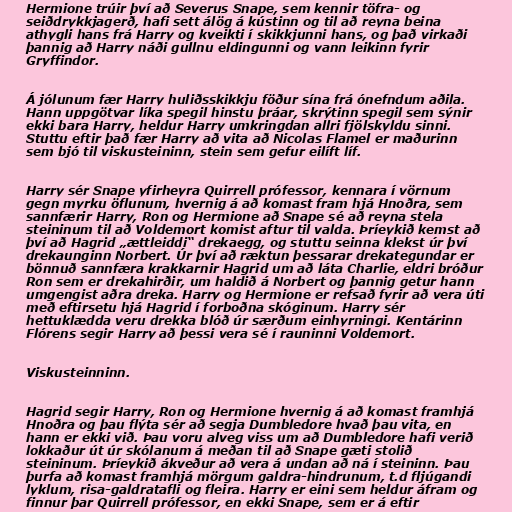
Hermione trúir því að Severus Snape, sem kennir töfra- og
seiðdrykkjagerð, hafi sett álög á kústinn og til að reyna beina
athygli hans frá Harry og kveikti í skikkjunni hans, og það virkaði
þannig að Harry náði gullnu eldingunni og vann leikinn fyrir
Gryffindor.

Á jólunum fær Harry huliðsskikkju föður sína frá ónefndum aðila.
Hann uppgötvar líka spegil hinstu þráar, skrýtinn spegil sem sýnir
ekki bara Harry, heldur Harry umkringdan allri fjölskyldu sinni.
Stuttu eftir það fær Harry að vita að Nicolas Flamel er maðurinn
sem bjó til viskusteininn, stein sem gefur eilíft líf.

Harry sér Snape yfirheyra Quirrell prófessor, kennara í vörnum
gegn myrku öflunum, hvernig á að komast fram hjá Hnoðra, sem
sannfærir Harry, Ron og Hermione að Snape sé að reyna stela
steininum til að Voldemort komist aftur til valda. Þríeykið kemst að
því að Hagrid „ættleiddi“ drekaegg, og stuttu seinna klekst úr því
drekaunginn Norbert. Úr því að ræktun þessarar drekategundar er
bönnuð sannfæra krakkarnir Hagrid um að láta Charlie, eldri bróður
Ron sem er drekahirðir, um haldið á Norbert og þannig getur hann
umgengist aðra dreka. Harry og Hermione er refsað fyrir að vera úti
með eftirsetu hjá Hagrid í forboðna skóginum. Harry sér
hettuklædda veru drekka blóð úr særðum einhyrningi. Kentárinn
Flórens segir Harry að þessi vera sé í rauninni Voldemort.

Viskusteinninn.

Hagrid segir Harry, Ron og Hermione hvernig á að komast framhjá
Hnoðra og þau flýta sér að segja Dumbledore hvað þau vita, en
hann er ekki við. Þau voru alveg viss um að Dumbledore hafi verið
lokkaður út úr skólanum á meðan til að Snape gæti stolið
steininum. Þríeykið ákveður að vera á undan að ná í steininn. Þau
þurfa að komast framhjá mörgum galdra-hindrunum, t.d fljúgandi
lyklum, risa-galdratafli og fleira. Harry er eini sem heldur áfram og
finnur þar Quirrell prófessor, en ekki Snape, sem er á eftir